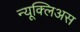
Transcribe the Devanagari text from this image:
न्यूक्लिअस